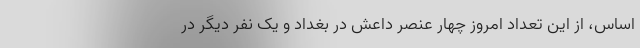
اساس، از این تعداد امروز چهار عنصر داعش در بغداد و یک نفر دیگر در